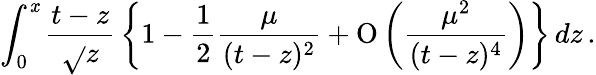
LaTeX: \int_{0}^{\mathit{x}}{\frac{{t-z}}{{\sqrt{}{{z}}}}}\left\lbrace1-{\frac{{1}}{{2}}}{\frac{{\mu}}{{(t-z)^{2}}}}+\mathrm{{O}}\left({\frac{{\mu^{2}}}{{(t-z)^{4}}}}\right)\right\rbrace\, dz\, .